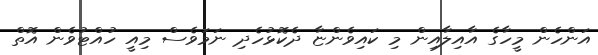
އަންހެން މީހާގެ އާއިލާއިން މި ކައިވެންޏާ ދެކޮޅުހެދި ނަމަވެސް މިއީ ހުއްޓުވެން އޮތް